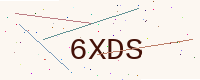
Text: 6XDS